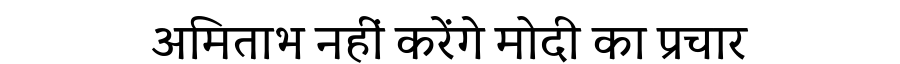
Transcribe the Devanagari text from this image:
अमिताभ नहीं करेंगे मोदी का प्रचार